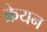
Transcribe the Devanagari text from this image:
क्रेयन